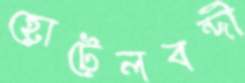
হোটেলবন্দী